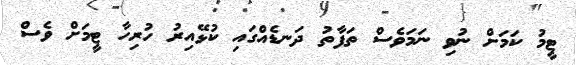
ޓީމު ކަމަށް ނުވި ނަމަވެސް ތަފާތު ދަނޑެއްގައި ކުޅޭއިރު ހުރިހާ ޓީމަށް ވެސް